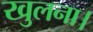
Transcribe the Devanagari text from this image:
खुलना।